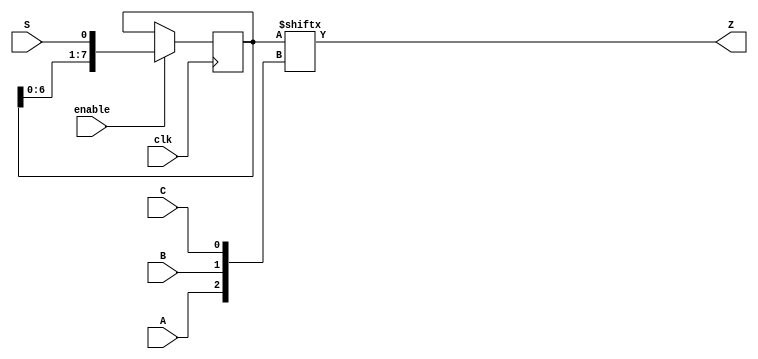
module top_module (
    input clk,
    input enable,
    input S,
    input A, B, C,
    output Z ); 

    reg [7:0] Q;
    wire [2:0] addr = {A,B,C};
    assign Z = Q[addr];
    
    always @(posedge clk) begin
        if (enable) begin
            Q <= {Q[6:0], S};        
        end
    end
endmodule